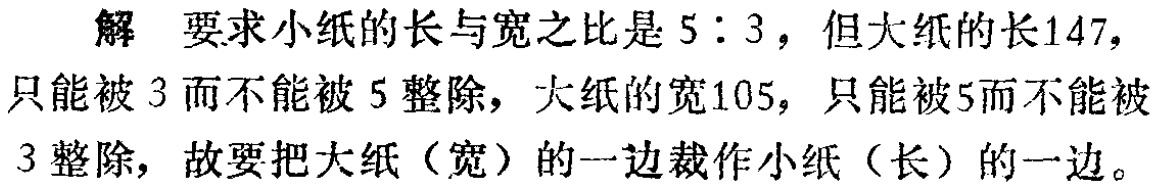
解 要求小纸的长与宽之比是 \(5:3\)，但大纸的长\(147\)，只能被 \(3\) 而不能被 \(5\) 整除，大纸的宽\(105\)，只能被\(5\)而不能被 \(3\) 整除，故要把大纸（宽）的一边裁作小纸（长）的一边。